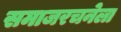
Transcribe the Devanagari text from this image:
समाजरचनेला